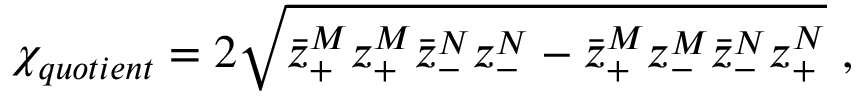
{ \chi } _ { q u o t i e n t } = 2 \sqrt { \bar { z } _ { + } ^ { M } z _ { + } ^ { M } \bar { z } _ { - } ^ { N } z _ { - } ^ { N } - \bar { z } _ { + } ^ { M } z _ { - } ^ { M } \bar { z } _ { - } ^ { N } z _ { + } ^ { N } } \ ,